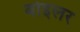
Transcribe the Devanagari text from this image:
बोइलर